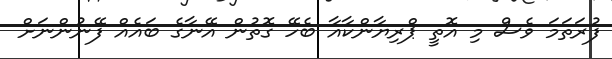
ފުރަތަމަ ވެސް މި އޮތީ ޕްރިޔާންކާއާ ބެހޭ ގޮތުން އޭނާގެ ބައެއް ފޭނުންނަށް